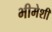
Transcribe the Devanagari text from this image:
भीमेशी